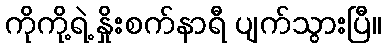
ကိုကို့ရဲ့ နှိုးစက်နာရီ ပျက်သွားပြီ။